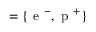
= \lbrace \mathrm { ~ e ~ } ^ { - } , \mathrm { ~ p ~ } ^ { + } \rbrace